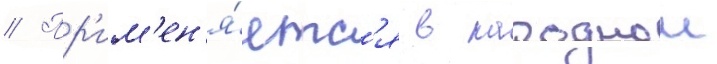
// Пр'им'ен'я́етс'я в народнои